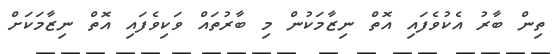
ތިން ބާރު އެކުވެފައި އޮތް ނިޒާމަކުން މި ބާރުތައް ވަކިވެފައި އޮތް ނިޒާމަކަށް